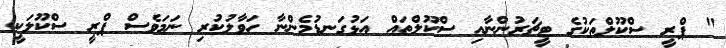
" ޕްރީ ސްކޫލްތަކުގެ ޓީޗަރުންނާއި ސްކޫލްތައް އަޅުގަނޑުމެންނާ ހަވާލުކުރި ނަމަވެސް ޕްރީ ސްކޫލަކީ